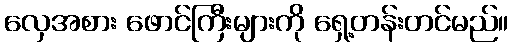
လှေအစား ဖောင်ကြီးများကို ရှေ့တန်းတင်မည်။